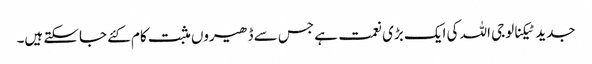
جدید ٹیکنالوجی اللہ کی ایک بڑی نعمت ہے جس سے ڈھیروں مثبت کام کئے جاسکتے ہیں۔